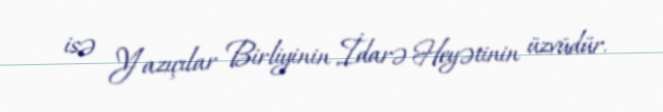
isə Yazıçılar Birliyinin İdarə Heyətinin üzvüdür.